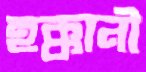
হক্কানী